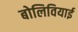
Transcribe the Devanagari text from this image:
बोलिवियाई